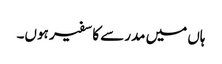
ہاں میں مدرسے کا سفیر ہوں۔